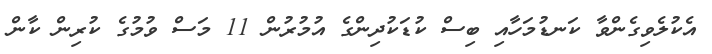
އެކުލެވިގެންވާ ކަނޑުމަހާއި ބިސް ކުޑަކުދިންގެ އުމުރުން 11 މަސް ވުމުގެ ކުރިން ކާން